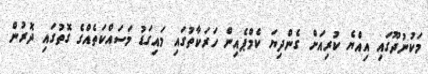
މަކުނުދޫގައި އިއްޔެ ކުރިއަށް ގެންދިޔަ ކެމްޕެއިން ހަރަކާތުގައި މައިގަޑު މަސައްކަތެއްގެ ގޮތުގައި ދޮރުން